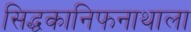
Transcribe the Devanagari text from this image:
सिद्धकानिफनाथाला